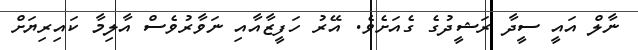
ނާލް އައީ ސީދާ ރަޝީދުގެ ގެއަށެވެ. އޭރު ހަފީޒާއާއި ނަވާރުވެސް އާލިމާ ކައިރިޔަށް